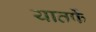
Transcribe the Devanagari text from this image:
यातर्फे